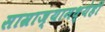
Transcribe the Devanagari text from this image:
साम्राज्यामध्येही